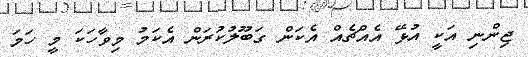
ޖިންނި އަކީ އުޅޭ އެއްޗެއް އެކަން ގަބޫލުކުރަން އެކަމު މިވާހަކަ މީ ހަމަ